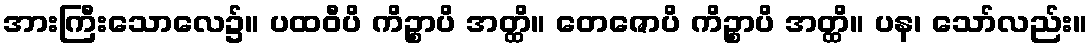
အားကြီးသောလေ၌။ ပထဝီပိ ကိဉ္စာပိ အတ္ထိ။ တေဇောပိ ကိဉ္စာပိ အတ္ထိ။ ပန၊ သော်လည်း။